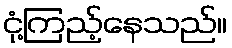
ငုံ့ကြည့်နေသည်။